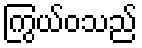
ကြွယ်ဝသည်